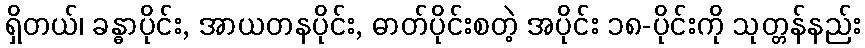
ရှိတယ်၊ ခန္ဓာပိုင်း, အာယတနပိုင်း, ဓာတ်ပိုင်းစတဲ့ အပိုင်း ၁၈-ပိုင်းကို သုတ္တန်နည်း